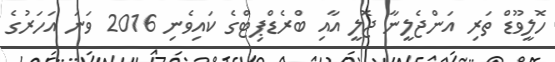
ހޮލީވޫޑް ތަރި އަންޖެލީނާ ޖޮލީ އާއި ބްރެޑްޕިޓްގެ ކައިވެނި 2016 ވަނަ އަހަރުގެ